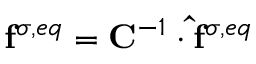
\mathbf { f } ^ { \sigma , e q } = \mathbf { C } ^ { - 1 } \cdot \mathbf { \hat { f } } ^ { \sigma , e q }